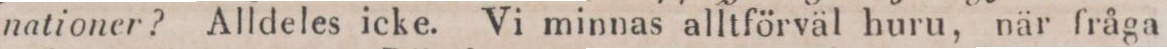
nationer? Alldeles icke. Vi minnas alltförväl huru, när fråga